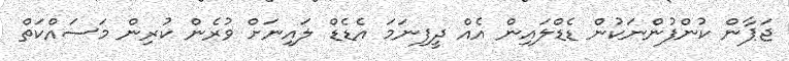
ޖަޕާން ކުންފުންނަކުން ޑެޑްލައިން އެއް ދީފިނަމަ އެޑެޑް ލައިނަށް ވުރެން ކުރިން މަސައްކަތް